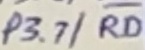
Text: P3.7/RD